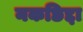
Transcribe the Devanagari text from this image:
नकछिद्दा